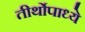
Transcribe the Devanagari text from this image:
तीर्थोपाध्ये